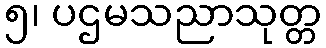
၅၊ ပဌမသညာသုတ္တ